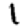
Digit: 1